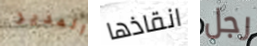
المدير انقاذها رجل